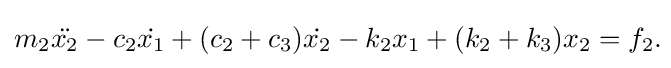
m_{2}{\ddot {x_{2}}}-c_{2}{\dot {x_{1}}}+(c_{2}+c_{3}){\dot {x_{2}}}-k_{2}x_{1}+(k_{2}+k_{3})x_{2}=f_{2}.\!